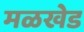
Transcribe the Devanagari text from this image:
मळखेड